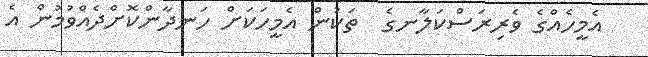
އެމީހެއްގެ ވެރިރަސްކަލާނގެ  ތަކުން އެމީހަކަށް ހަނދާންކޮށްދެއްވުމުން އެ